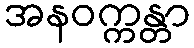
အနဝက္ကန္တာ